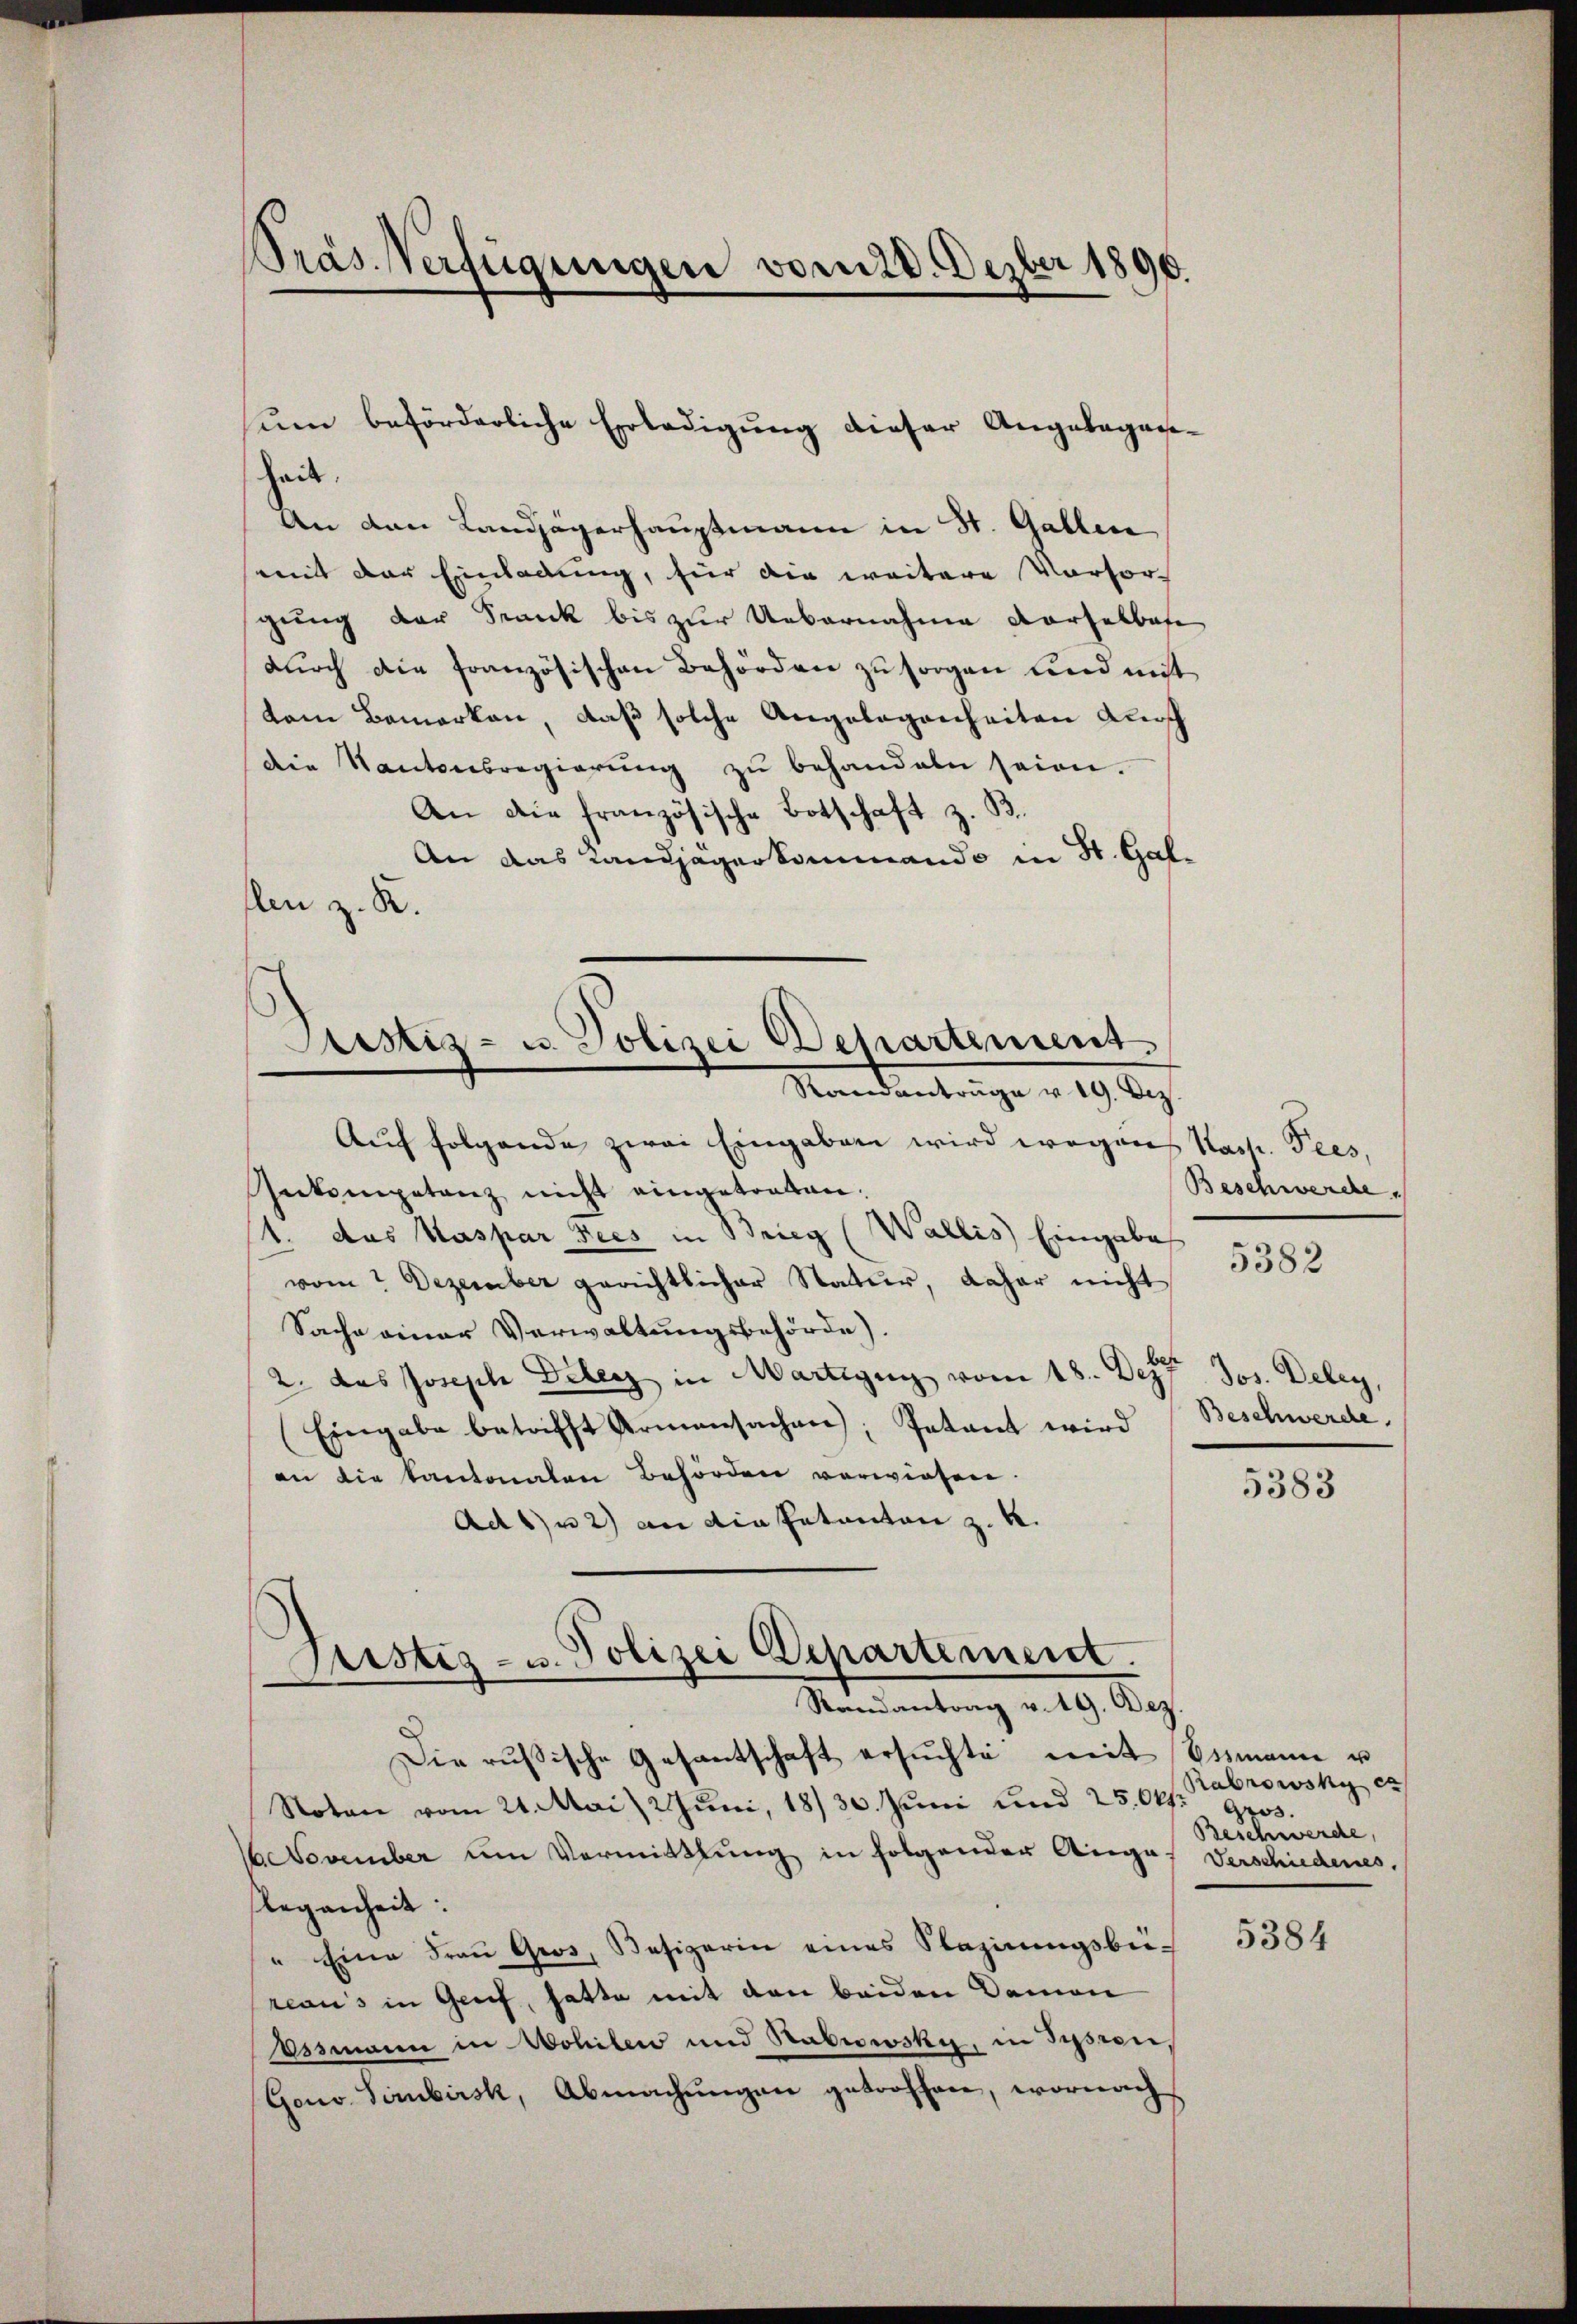
Präs. Verfügungen vom 18. Dezber 1890.

heit.
An den Landjägerhauptmann in St. Gallen
mit der Einladung, für die weitere Vorsorgung der Frank bis zur Uebernahme derselbefe
durch die französischen Behörden zu sorgen und mit
daene Bemerken, daß solche Angelegenheiten Aussch
die Kantonsregierŭng zŭ behandeln seien.
An die französische Botschaft z. B.
An das Landjägerkommando in St. Galflen z. R.
Sistiz- u. Polizei Departement.
Mandantrage u. 19. Ap
Auf folgende zwei Eingaben wird wegen Nach. Fees,
Inkompetenz nicht eingetreten.
1. das Kaspar Sees in Brieg (Wallis Eingabe
vom Dezember gerichtlicher Natur, daher nicht
Sache einer Verwaltungsbehörde).
2. das Joseph Deler in Martigny vom 18. Dez. Jos. Deley,
Eingabe betrifft Armensachen, Petent wird (Beschwerde.
an die kantonalen Behörden verwiesen.
Ad 1) 2) an die Patanton z. K.

um beförderliche Erledigung dieser Angelegen¬

Justiz- u. Polizei Departement.
Randantrag v. 19. Dez.

Die russische Gesantschaft ersuchte mit Essmann u
Noten vom 24. Mai 2Jŭni 18/30. Juni und 25. Okt. 903.
November um Vermittlung in folgender Auges Verschiedenes.
flegenheit:
" Eine Frau Gros, Besizerin eines Nazirungsbei-
reaus in Greif, hatte mit den beiden Damen
Essmann in Wohilen und Sabewska, in Susien,
Gono Sirubirsk, Abmachungen getroffen, wornach

Beschwerde.

5382

5383

Rabrowsky er
Beschwerde,

5384